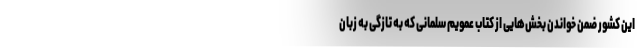
این کشور ضمن خواندن بخش‌هایی از کتاب عمویم سلمانی که به تازگی به زبان